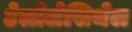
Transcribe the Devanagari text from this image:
टेलोलेसिथेल